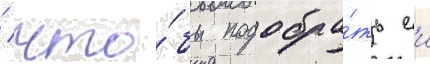
/ что́бы подобра́ть еи